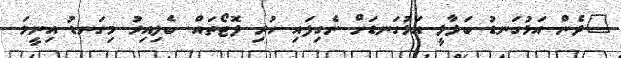
"ދެން އަޅުގަނޑު ބަލާލީ އަޅުގަނޑަށް ނެގިފައި ހުރި ފޮޓޯތައް. ބެލިއިރު މިގަނޑު އިނީމަ